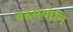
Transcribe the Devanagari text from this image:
ब्रहमयोनि